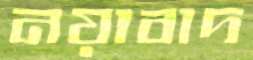
নয়াবাদ